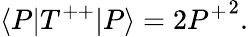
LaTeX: \langle P|T^{++}|P\rangle=2{P^{+}}^{2}.